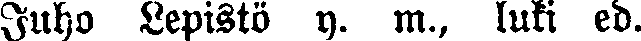
Juho Lepistö y. m., luki ed.